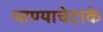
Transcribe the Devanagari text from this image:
पाण्याचेटाके